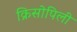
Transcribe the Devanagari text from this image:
क्रिसोपिली